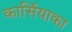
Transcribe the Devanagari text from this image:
कार्सियाका